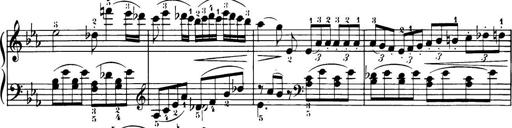
Title: 32 Sonatinas and Rondos for the Piano
Composer: Richard Kleinmichel